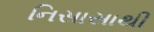
નિસાસાથી